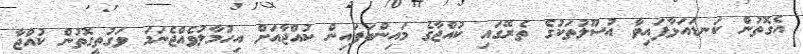
އެގޮތުން ކަނޑައަޅާފައިވާ އުސޫލުތަކުގެ ތެރޭގައި ކުއްޖާގެ މައިންބަފައިން ކުއްޖާއަށް އިހުމާލުވެއްޖެނަމަ ވަގުތީގޮތުން ކުއްޖާ